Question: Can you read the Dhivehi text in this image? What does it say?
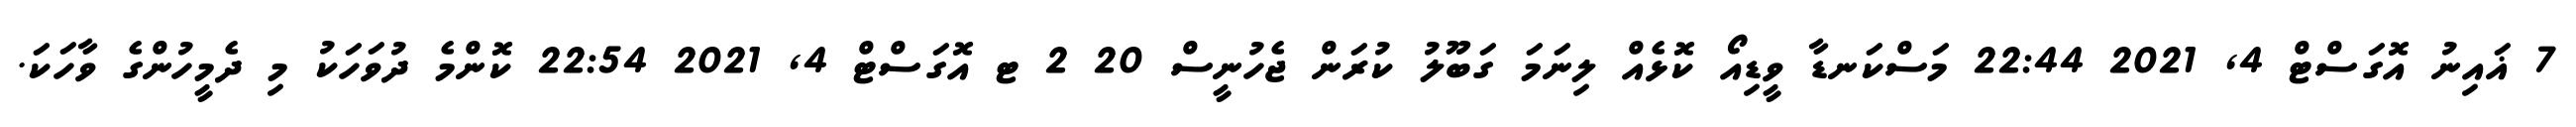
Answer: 7 ޣައިނު އޮގަސްޓް 4, 2021 22:44 މަސްކަނޑާ ވީޑިއޯ ކޮޅެއް ލިނަމަ ގަބޫލު ކުރަން ޖެހުނީސް 20 2 ޓ އޮގަސްޓް 4, 2021 22:54 ކޮންމެ ދުވަހަކު މި ދެމީހުންގެ ވާހަކަ.